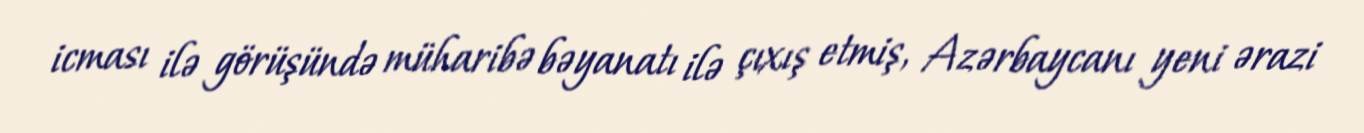
icması ilə görüşündə müharibə bəyanatı ilə çıxış etmiş, Azərbaycanı yeni ərazi